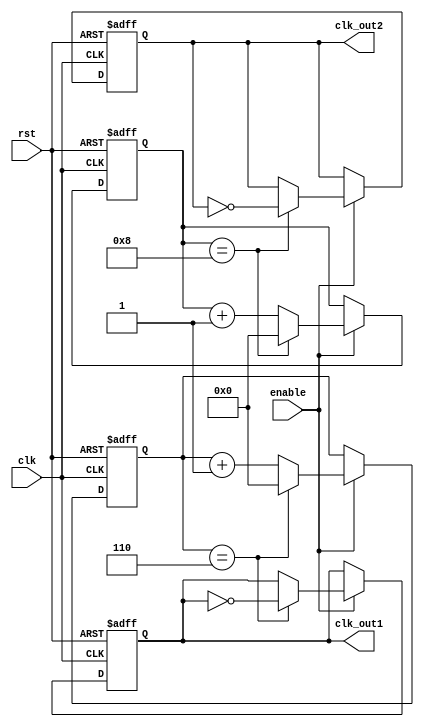
module dual_modulus_clock_divider (
    input wire clk,
    input wire rst,
    input wire enable,
    output reg clk_out1,
    output reg clk_out2
);

reg [5:0] count1, count2;
parameter MOD1 = 6; // Modulus value for divider 1
parameter MOD2 = 8; // Modulus value for divider 2

always @(posedge clk or posedge rst) begin
    if (rst) begin
        count1 <= 0;
        count2 <= 0;
        clk_out1 <= 0;
        clk_out2 <= 0;
    end else begin
        if (enable) begin
            count1 <= count1 + 1;
            count2 <= count2 + 1;

            if (count1 == MOD1) begin
                clk_out1 <= ~clk_out1;
                count1 <= 0;
            end

            if (count2 == MOD2) begin
                clk_out2 <= ~clk_out2;
                count2 <= 0;
            end
        end
    end
end

endmodule